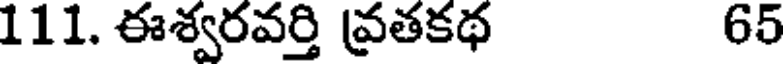
111. ఈశ్వరవర్తి వ్రతకథ 65